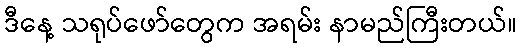
ဒီနေ့ သရုပ်ဖော်တွေက အရမ်း နာမည်ကြီးတယ်။